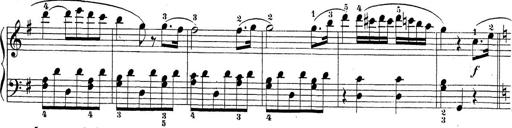
Title: Sonatina Album
Composer: Louis KÃ¶hler